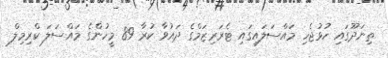
ތިނަދޫގައި ހުޅުޖެހި މައްސަލައިގައި ޓެރަރިޒަމްގެ ދައުވާ ކުރާ 89 މީހުންގެ މައްސަލަ ކްރިމިލް